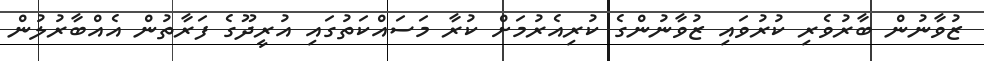
ޒުވާނުން ބާރުވެރި ކުރުވައި ޒުވާނުންގެ ކުރިއެރުމަށް ކުރާ މަސައްކަތުގައި އުރީދޫގެ ފަރާތުން އެއްބާރުލުން